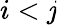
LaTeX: i<\mathit{j}